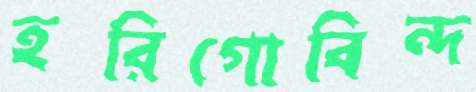
হরিগোবিন্দ